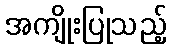
အကျိုးပြုသည့်